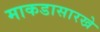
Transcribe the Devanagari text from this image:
माकडासारखे